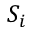
S _ { i }